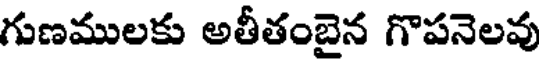
గుణములకు అతీతంబైన గొపనెలవు